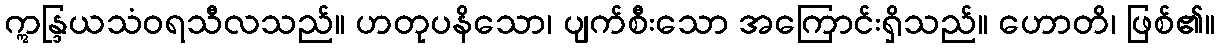
ဣန္ဒြယသံဝရသီလသည်။ ဟတုပနိသော၊ ပျက်စီးသော အကြောင်းရှိသည်။ ဟောတိ၊ ဖြစ်၏။